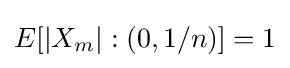
E[|X_{m}|:(0,1/n)]=1